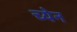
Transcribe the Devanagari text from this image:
च्येन